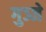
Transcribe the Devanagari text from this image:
गुञ्जे